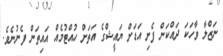
ނަޒްލާ ވާހަކަ ދައްކަން ފެށި އަޑަށް ޔައީޝްގެ އަތަށް ހުއްޓުމެއް އައިތަން ފެނުނެވެ.